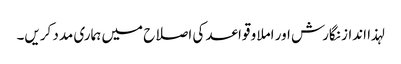
لہذا انداز نگارش اور املا و قواعد کی اصلاح میں ہماری مدد کریں۔